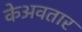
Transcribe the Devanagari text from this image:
केअवतार